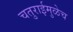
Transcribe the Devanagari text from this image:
चतुराईमुळेच